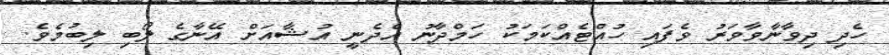
ހެދި ދިވާނާވާވަރު ވެފައި ހުއްޓެއްކަމަކު ހަމްދާނު އެދެނީ އުޝާއަށް އޭނާގެ ލޯބި ލިބުމެވެ.